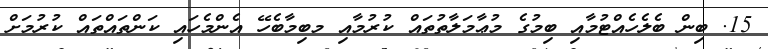
15. ބިން ބެލެހެއްޓުމާއި ބިމުގެ މުޢާމަލާތުތައް ކުރުމާއި މބިމާބެހޭ އެންމެހައި ކަންތައްތައް ކުރުމަށް